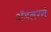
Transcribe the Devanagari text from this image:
ॲडलरने